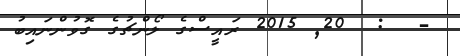
-  :  20